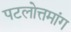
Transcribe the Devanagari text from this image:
पटलोत्तमांग